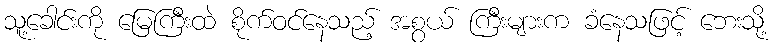
သူ့ခေါင်းကို မြေကြီးထဲ စိုက်ဝင်နေသည့် အစွယ် ကြီးများက ခံနေသဖြင့် ဘေးသို့